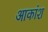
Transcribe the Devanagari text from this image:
आकांश